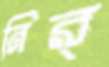
নির্